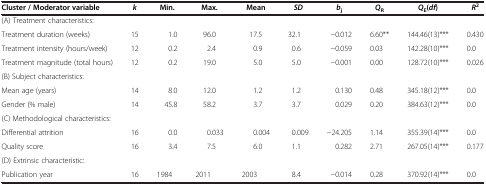
<table><thead><tr><td><b>Cluster / Moderator variable</b></td><td><b><i>k</i></b></td><td><b>Min.</b></td><td><b>Max.</b></td><td><b>Mean</b></td><td><b><i>SD</i></b></td><td><b><i>b</i><sub>j</sub></b></td><td><b><i>Q</i><sub>R</sub></b></td><td><b><i>Q</i><sub>E</sub>(<i>df</i>)</b></td><td><b><i>R</i><sup>2</sup></b></td></tr></thead><tbody><tr><td>(A) Treatment characteristics:</td><td> </td><td> </td><td> </td><td> </td><td> </td><td> </td><td> </td><td> </td><td> </td></tr><tr><td>Treatment duration (weeks)</td><td>15</td><td>1.0</td><td>96.0</td><td>17.5</td><td>32.1</td><td>−0.012</td><td>6.60**</td><td>144.46(13)***</td><td>0.430</td></tr><tr><td>Treatment intensity (hours/week)</td><td>12</td><td>0.2</td><td>2.4</td><td>0.9</td><td>0.6</td><td>−0.059</td><td>0.03</td><td>142.28(10)***</td><td>0.0</td></tr><tr><td>Treatment magnitude (total hours)</td><td>12</td><td>0.2</td><td>19.0</td><td>5.0</td><td>5.0</td><td>−0.001</td><td>0.00</td><td>128.72(10)***</td><td>0.026</td></tr><tr><td>(B) Subject characteristics:</td><td> </td><td> </td><td> </td><td> </td><td> </td><td> </td><td> </td><td> </td><td> </td></tr><tr><td>Mean age (years)</td><td>14</td><td>8.0</td><td>12.0</td><td>1.2</td><td>1.2</td><td>0.130</td><td>0.48</td><td>345.18(12)***</td><td>0.0</td></tr><tr><td>Gender (% male)</td><td>14</td><td>45.8</td><td>58.2</td><td>3.7</td><td>3.7</td><td>0.029</td><td>0.20</td><td>384.63(12)***</td><td>0.0</td></tr><tr><td>(C) Methodological characteristics:</td><td> </td><td> </td><td> </td><td> </td><td> </td><td> </td><td> </td><td> </td><td> </td></tr><tr><td>Differential attrition</td><td>16</td><td>0.0</td><td>0.033</td><td>0.004</td><td>0.009</td><td>−24.205</td><td>1.14</td><td>355.39(14)***</td><td>0.0</td></tr><tr><td>Quality score</td><td>16</td><td>3.4</td><td>7.5</td><td>6.0</td><td>1.1</td><td>0.282</td><td>2.71</td><td>267.05(14)***</td><td>0.177</td></tr><tr><td>(D) Extrinsic characteristic:</td><td> </td><td> </td><td> </td><td> </td><td> </td><td> </td><td> </td><td> </td><td> </td></tr><tr><td>Publication year</td><td>16</td><td>1984</td><td>2011</td><td>2003</td><td>8.4</td><td>−0.014</td><td>0.28</td><td>370.92(14)***</td><td>0.0</td></tr></tbody></table>